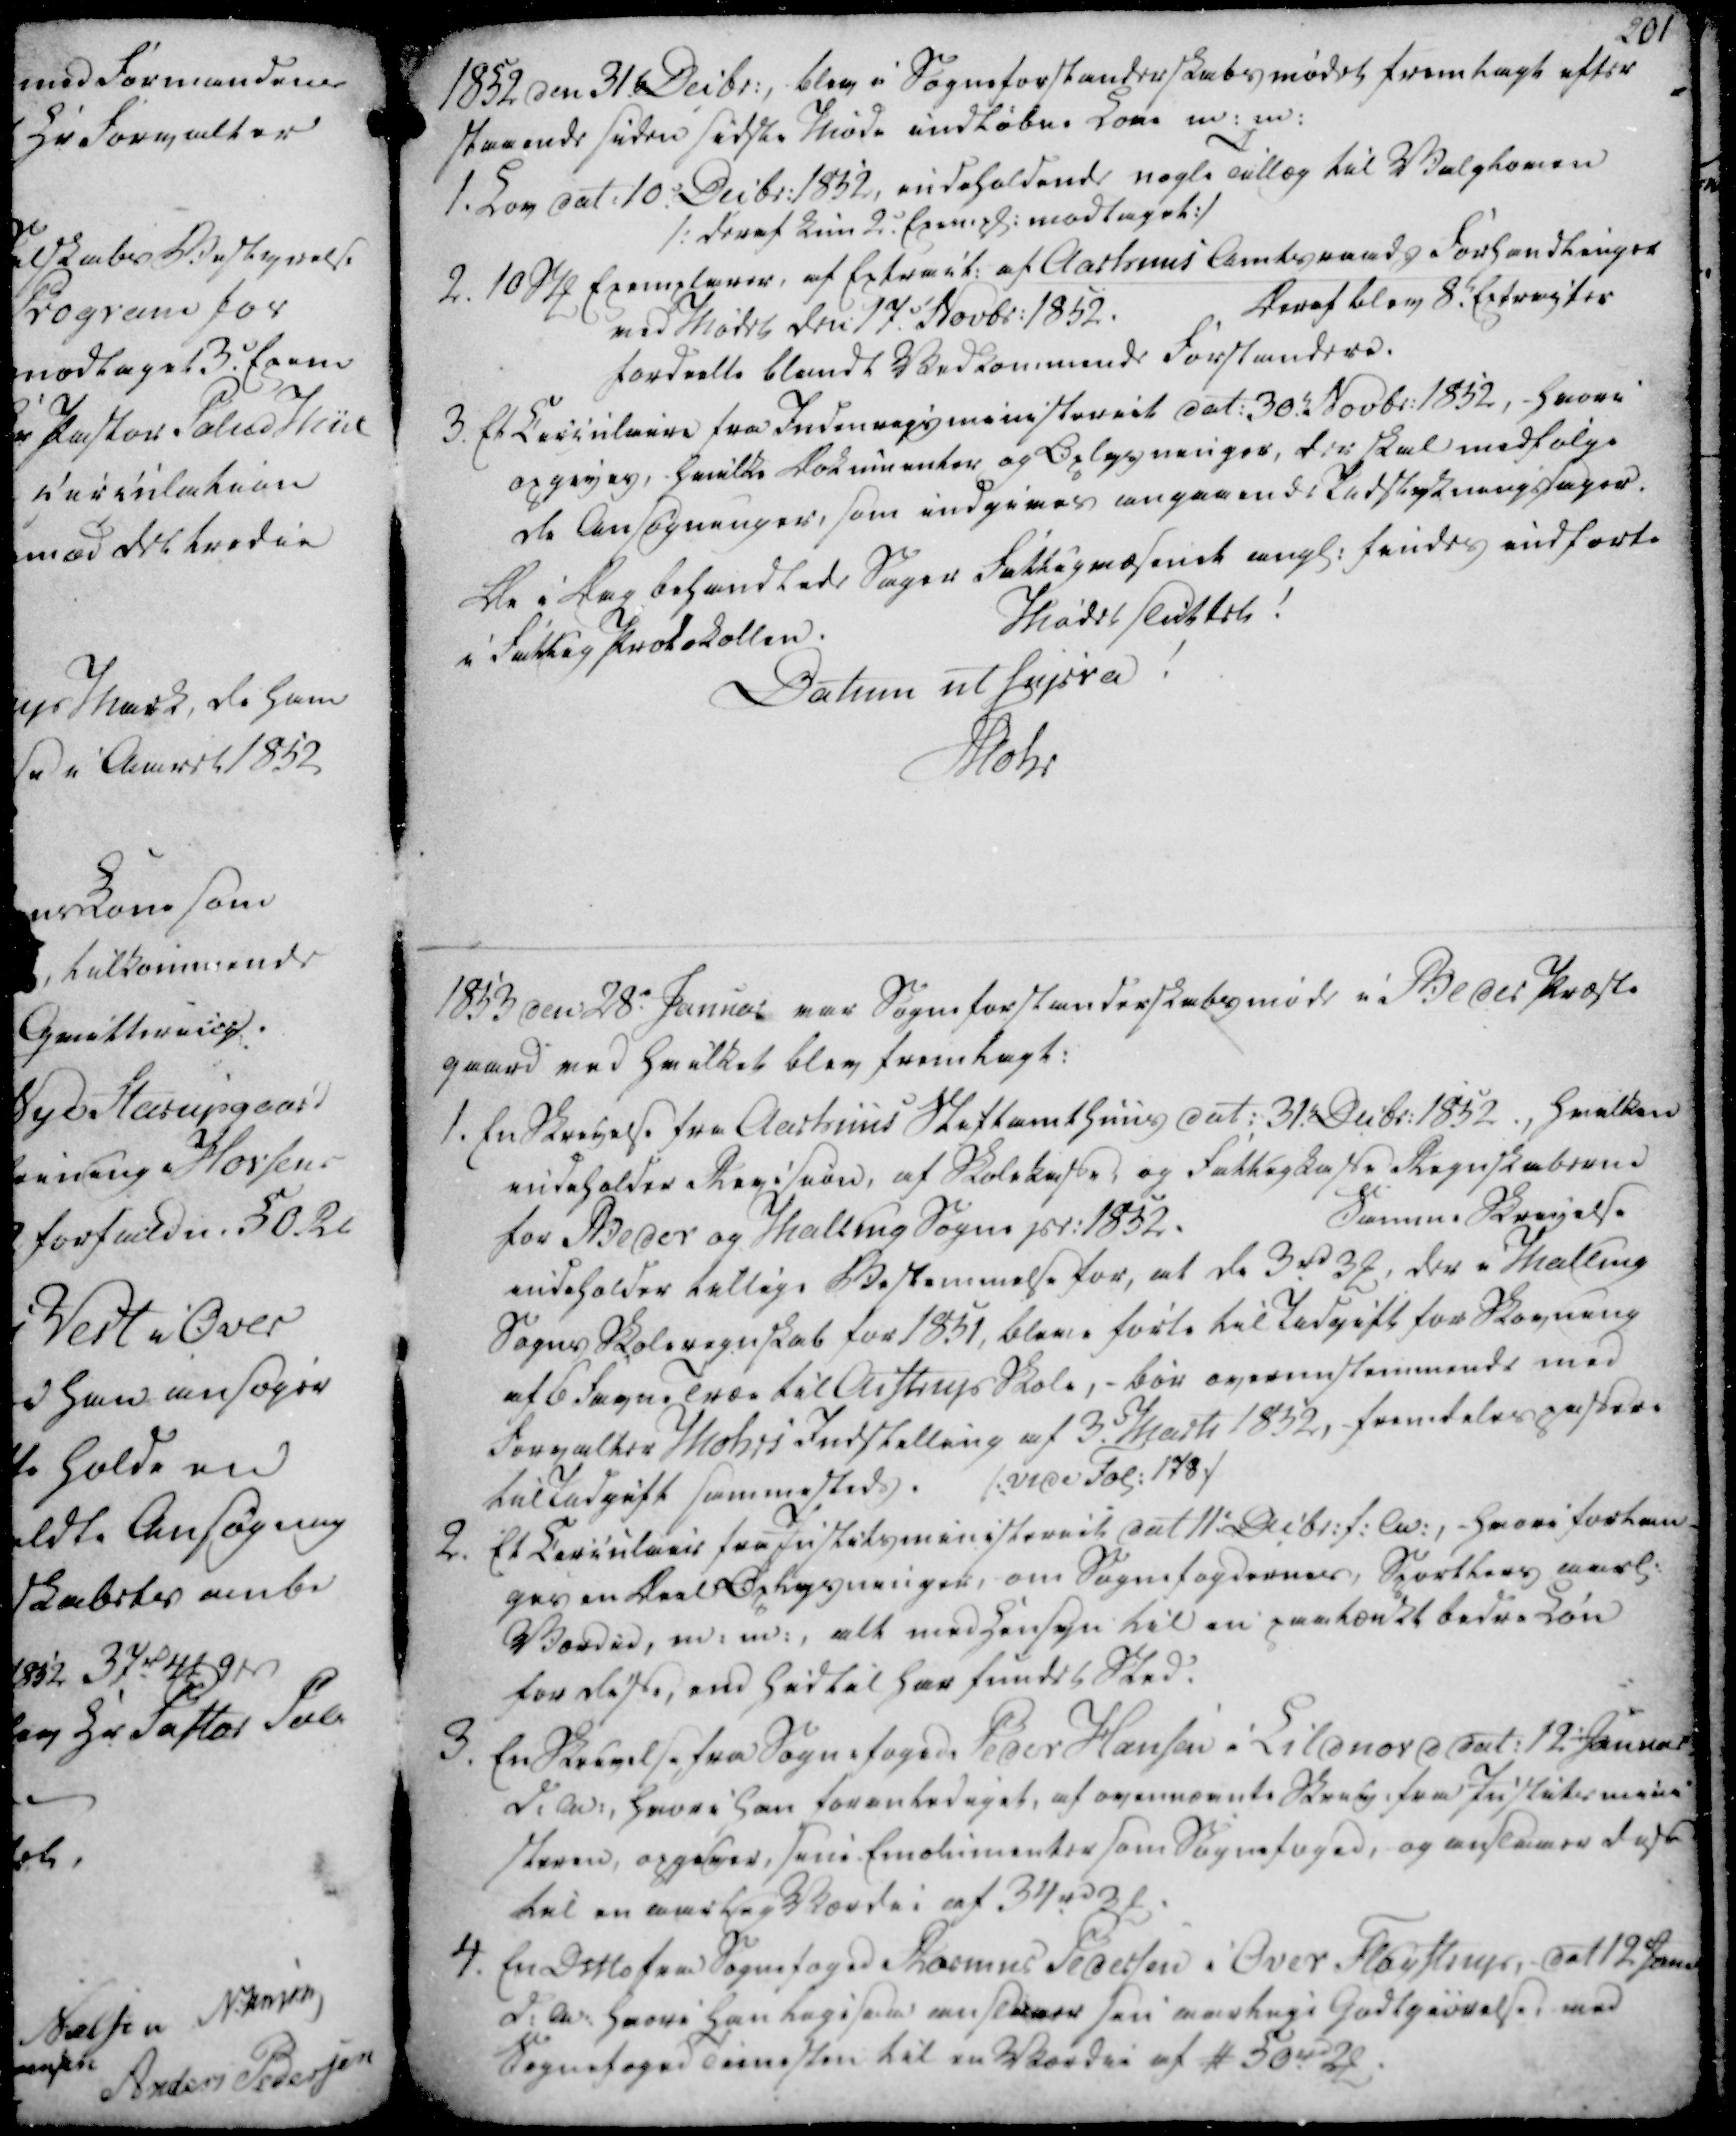
Transskription:
1852 den 31. Decbr. blev i Sogneforstanderskabsmødet fremlagt efter

staaende siden sidste Møde indløbne Love m. m.

1852 den 31. Decbr. blev i Sogneforstanderskabsmødet fremlagt efter
staaende siden sidste Møde indløbne Love m. m.

1. Lov dat. 10. Decbr. 1852, indeholdende nogle Tillæg til Valgloven

/: deraf kun 2. Exempl. modtaget :/

2. 10 Stk Exemplarer, af Extract af Aarhuus Amtsraads Forhandlinger

ved Mødet den 17. Novbr. 1852.

Deraf blev 8. Extracter

fordeelte blandt Vedkommende Forstandere.

3. Et Circulaire fra Indenrigsministeriet dat. 30. Novbr 1852, hvori

opgives, hvilke Dokumenter og Oplysninger, der skal medfølge

de Ansøgninger, som indgives angaaende Udstykningssager.

De i Dag behandlede Sager Fattigvæsende angl. findes indførte

i Fattig Protokollen.

1. Lov dat. 10. Decbr. 1852, indeholdende nogle Tillæg til Valgloven
/: deraf kun 2. Exempl. modtaget :/
2. 10 Stk Exemplarer, af Extract af Aarhuus Amtsraads Forhandlinger
ved Mødet den 17. Novbr. 1852.
Deraf blev 8. Extracter
fordeelte blandt Vedkommende Forstandere.
3. Et Circulaire fra Indenrigsministeriet dat. 30. Novbr 1852, hvori
opgives, hvilke Dokumenter og Oplysninger, der skal medfølge
de Ansøgninger, som indgives angaaende Udstykningssager.
De i Dag behandlede Sager Fattigvæsende angl. findes indførte
i Fattig Protokollen.

Mødet sluttet!

Datum ut supra!

Mohr

Mødet sluttet!
Datum ut supra!
Mohr

1853 den 28. Januar var Sogneforstanderskabsmøde i Beder Præste

gaard ved hvilket blev fremlagt:

1853 den 28. Januar var Sogneforstanderskabsmøde i Beder Præste
gaard ved hvilket blev fremlagt:

1. En Skrivelse fra Aarhuus Stiftamthuus dat. 31. Debr. 1852., hvilken

indeholder Revision, af Skolekasse, og Fattigkasse Regnskaberne

for Beder og Malling Sogne pr. 1852.

Samme Skrivelse

indeholder tillige Bestemmelse for, at de 3 rd 3 ₻, der i Malling

Sogns Skoleregnskab for 1851, bleve førte til Udgift for Skovning

af 6 favne Træe til Aistrup Skole, - bør overenstemmende med

Forvalter Mohrs Indstilling af 3. Marts 1852, fremdeles passere

til Udgift sammesteds. /: vide Fol: 178 :/

2. Et Circulair fra Justitsministeriet dat 11. Decbr. f. A., - hvori forlan-

ges en Deel Oplysninger, om Sognefogdernes, Sportlers aarl.

Værdie, m. m., alt med Hensyn til en paatænkt bedre Løn

for disse, end hidtil har fundet Sted.

1. En Skrivelse fra Aarhuus Stiftamthuus dat. 31. Debr. 1852., hvilken
indeholder Revision, af Skolekasse, og Fattigkasse Regnskaberne
for Beder og Malling Sogne pr. 1852.
Samme Skrivelse
indeholder tillige Bestemmelse for, at de 3 rd 3 ₻, der i Malling
Sogns Skoleregnskab for 1851, bleve førte til Udgift for Skovning
af 6 favne Træe til Aistrup Skole, - bør overenstemmende med
Forvalter Mohrs Indstilling af 3. Marts 1852, fremdeles passere
til Udgift sammesteds. /: vide Fol: 178 :/
2. Et Circulair fra Justitsministeriet dat 11. Decbr. f. A., - hvori forlan-
ges en Deel Oplysninger, om Sognefogdernes, Sportlers aarl.
Værdie, m. m., alt med Hensyn til en paatænkt bedre Løn
for disse, end hidtil har fundet Sted.

3. En Skrivelse fra Sognefoged Peder Hansen i Lildnord dat. 12. Januar

d.A., hvori han foranlediget, af ovennævnte Skriv. fra Justitsmini

steren, opgiver, heri Emolumenter som Sognefoged, og anslaaer disse

til en aarlig Værdie af 34 rd 3 ₻.

4. En Ditto fra Sognefoged Rasmus Pedersen i Over Fløystrup, dat 12 Janu

d.A. hvori han ligesaa anslaaer sin aarlige Godtgiørelse, ved

Sognefoged Tienesten til en Værdie af # 50 rd 2 ₻.

3. En Skrivelse fra Sognefoged Peder Hansen i Lildnord dat. 12. Januar
d.A., hvori han foranlediget, af ovennævnte Skriv. fra Justitsmini
steren, opgiver, heri Emolumenter som Sognefoged, og anslaaer disse
til en aarlig Værdie af 34 rd 3 ₻.
4. En Ditto fra Sognefoged Rasmus Pedersen i Over Fløystrup, dat 12 Janu
d.A. hvori han ligesaa anslaaer sin aarlige Godtgiørelse, ved
Sognefoged Tienesten til en Værdie af # 50 rd 2 ₻.